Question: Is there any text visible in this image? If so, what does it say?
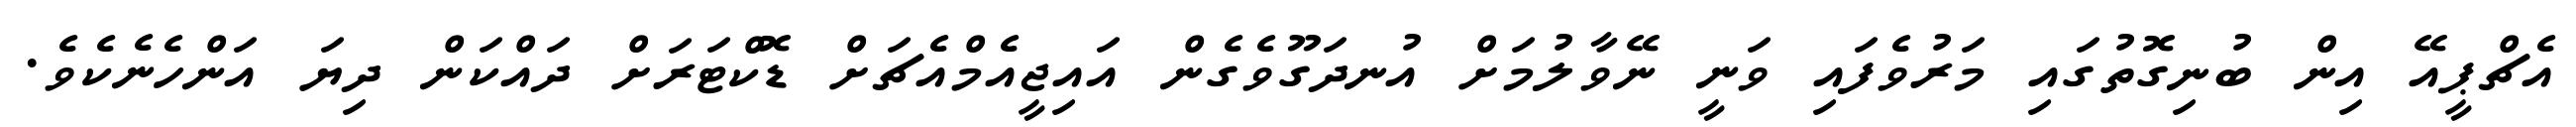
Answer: އެޗްޕީއޭ އިން ބުނިގޮތުގައި މަރުވެފައި ވަނީ ނޭވާލުމަށް އުނދަގޫވެގެން އައިޖީއެމްއެޗަށް ޑޮކްޓަރަށް ދައްކަން ދިޔަ އަންހެނެކެވެ.